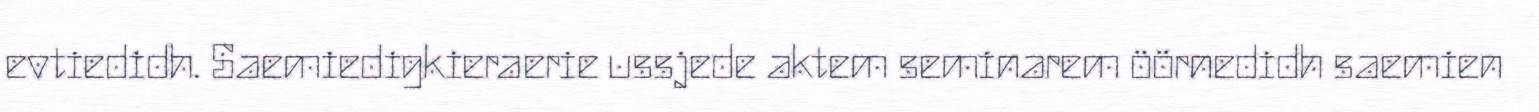
evtiedidh. Saemiedigkieraerie ussjede aktem seminarem öörnedidh saemien